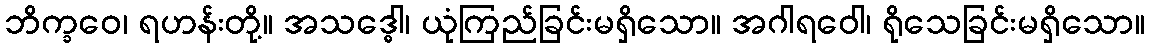
ဘိက္ခဝေ၊ ရဟန်းတို့။ အသဒ္ဓေါ၊ ယုံကြည်ခြင်းမရှိသော။ အဂါရဝေါ၊ ရိုသေခြင်းမရှိသော။